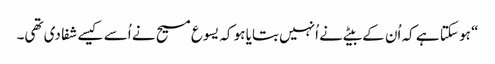
‏“‏ ہو سکتا ہے کہ اُن کے بیٹے نے اُنہیں بتایا ہو کہ یسوع مسیح نے اُسے کیسے شفا دی تھی۔